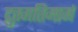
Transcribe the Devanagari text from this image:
द्रुतगतिमार्ग